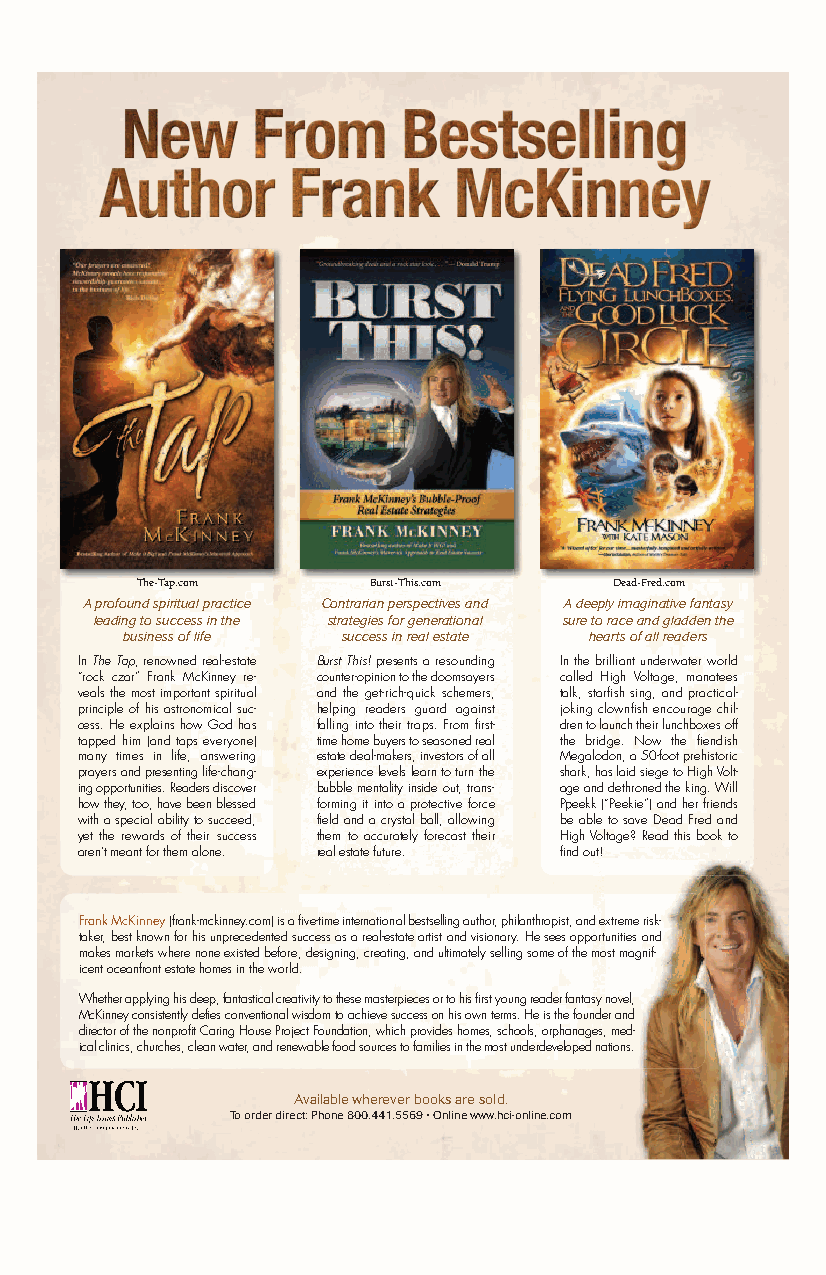
The-Tap.com    Burst-This.com   Dead-Fred.com
 A profound spiritual practice Contrarian perspectives and A deeply imaginative fantasy
 leading to success in the strategies for generational sure to race and gladden the
 business of life success in real estate hearts of all readers
 In The Tap, renowned real-estate Burst This! presents a resounding In the brilliant underwater world
 “rock czar” Frank McKinney re- counter-opinion to the doomsayers called High Voltage, manatees
 veals the most important spiritual and the get-rich-quick schemers, talk, starfish sing, and practical-
 principle of his astronomical suc- helping readers guard against joking clownfish encourage chil-
 cess. He explains how God has falling into their traps. From first- dren to launch their lunchboxes off
 tapped him (and taps everyone) time home buyers to seasoned real the bridge. Now the fiendish
 many times in life, answering estate deal-makers, investors of all Megalodon, a 50-foot prehistoric
 prayers and presenting life-chang- experience levels learn to turn the shark, has laid siege to High Volt-
 ing opportunities. Readers discover bubble mentality inside out, trans- age and dethroned the king. Will
 how they, too, have been blessed forming it into a protective force Ppeekk (“Peekie”) and her friends
 with a special ability to succeed, field and a crystal ball, allowing be able to save Dead Fred and
 yet the rewards of their success them to accurately forecast their High Voltage? Read this book to
 aren’t meant for them alone. real estate future. find out!
 Frank McKinney(frank-mckinney.com) is a five-time international bestselling author, philanthropist, and extreme risk-
 taker, best known for his unprecedented success as a real-estate artist and visionary. He sees opportunities and
 makes markets where none existed before, designing, creating, and ultimately selling some of the most magnif-
 icent oceanfront estate homes in the world.
 Whether applying his deep, fantastical creativity to these masterpieces or to his first young reader fantasy novel,
 McKinney consistently defies conventional wisdom to achieve success on his own terms. He is the founder and
 director of the nonprofit Caring House Project Foundation, which provides homes, schools, orphanages, med-
 ical clinics, churches, clean water, and renewable food sources to families in the most underdeveloped nations.
 Available wherever books are sold.
 To order direct: Phone 800.441.5569 • Online www.hci-online.com